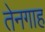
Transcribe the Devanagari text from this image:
तेनगाह